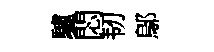
驢悶韧鄔